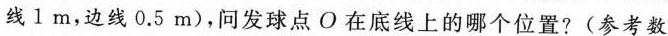
线1 m，边线0.5 m)，问发球点O在底线上的哪个位置?(参考数